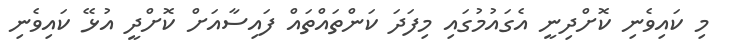
މި ކައިވެނި ކޮށްދިނީ އެގައުމުގައި މިފަދަ ކަންތައްތައް ފައިސާއަށް ކޮށްދީ އުޅޭ ކައިވެނި